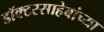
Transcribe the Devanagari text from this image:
डॉक्टरसाहेबांच्या